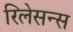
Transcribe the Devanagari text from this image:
रिलेसन्स